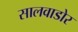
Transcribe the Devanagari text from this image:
सालवाडोर